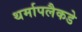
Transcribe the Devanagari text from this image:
थर्मापलैकडे